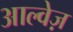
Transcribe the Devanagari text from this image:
आल्वेज़